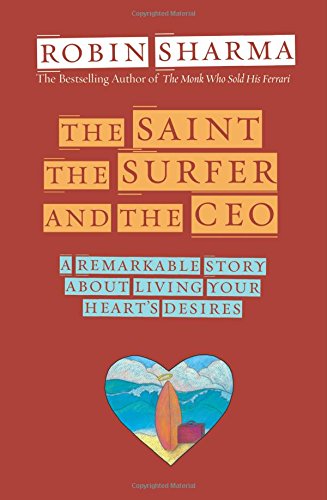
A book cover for The Saint, the Surfer, and the CEO: A Remarkable Story about Living Your Heart's Desires; Robin Sharma; Literature & Fiction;